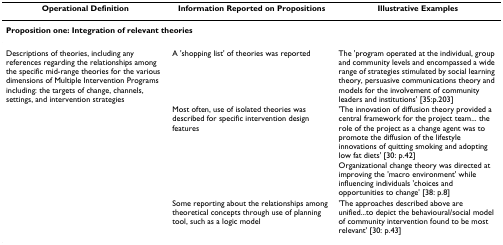
<table><thead><tr><td><b>Operational Definition</b></td><td><b>Information Reported on Propositions</b></td><td><b>Illustrative Examples</b></td></tr></thead><tbody><tr><td colspan="3"><b>Proposition one: Integration of relevant theories</b></td></tr><tr><td>Descriptions of theories, including any references regarding the relationships among the specific mid-range theories for the various dimensions of Multiple Intervention Programs including: the targets of change, channels, settings, and intervention strategies</td><td>A &#x27;shopping list&#x27; of theories was reported</td><td>The &#x27;program operated at the individual, group and community levels and encompassed a wide range of strategies stimulated by social learning theory, persuasive communications theory and models for the involvement of community leaders and institutions&#x27; [35:p.203]</td></tr><tr><td></td><td>Most often, use of isolated theories was described for specific intervention design features</td><td>&#x27;The innovation of diffusion theory provided a central framework for the project team... the role of the project as a change agent was to promote the diffusion of the lifestyle innovations of quitting smoking and adopting low fat diets&#x27; [30: p.42]Organizational change theory was directed at improving the &#x27;macro environment&#x27; while influencing individuals &#x27;choices and opportunities to change&#x27; [38: p.8]</td></tr><tr><td></td><td>Some reporting about the relationships among theoretical concepts through use of planning tool, such as a logic model</td><td>&#x27;The approaches described above are unified...to depict the behavioural/social model of community intervention found to be most relevant&#x27; [30: p.43]</td></tr></tbody></table>